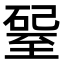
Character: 𥔊